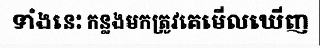
ទាំងនេះ កន្លងមកត្រូវគេមើលឃើញ